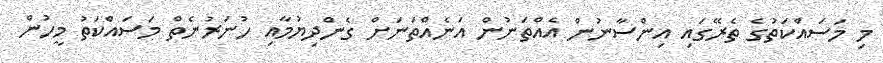
މި މަސައްކަތުގެ ތެރޭގައި އިންސާނުން އެއްތަނުން އަނެއްތަނަށް ގެންދިޔުމާއި ހުނަރުނެތް މަސައްކަތު މީހުން